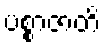
ပစ္စာဇာတိ